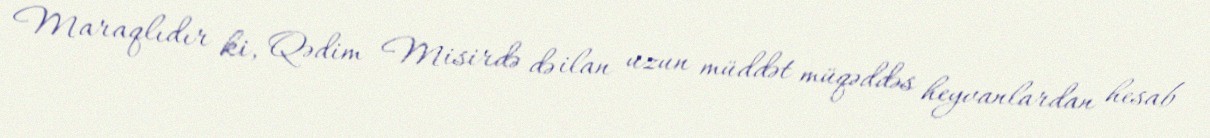
Maraqlıdır ki, Qədim Misirdə də ilan uzun müddət müqəddəs heyvanlardan hesab